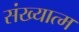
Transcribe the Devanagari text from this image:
संख्यात्म